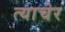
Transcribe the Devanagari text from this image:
त्याचेर